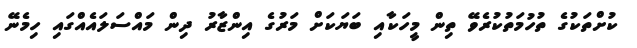
ކުށްތަކުގެ ތުހުމަތުކުރެވޭ ތިން މީހަކާއި ބަޔަކަށް މަރުގެ އިންޒާރު ދިން މައްސަލައެއްގައި ހިމެނޭ